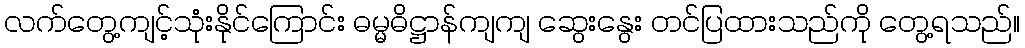
လက်တွေ့ကျင့်သုံးနိုင်ကြောင်း ဓမ္မဓိဋ္ဌာန်ကျကျ ဆွေးနွေး တင်ပြထားသည်ကို တွေ့ရသည်။